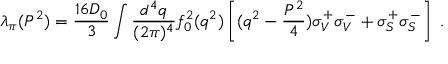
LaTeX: \lambda _ { \pi } ( P ^ { 2 } ) = \frac { 1 6 D _ { 0 } } { 3 } \int \frac { d ^ { 4 } q } { ( 2 \pi ) ^ { 4 } } f _ { 0 } ^ { 2 } ( q ^ { 2 } ) \left[ ( q ^ { 2 } - \frac { P ^ { 2 } } { 4 } ) \sigma _ { V } ^ { + } \sigma _ { V } ^ { - } + \sigma _ { S } ^ { + } \sigma _ { S } ^ { - } \right] ~ .